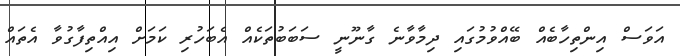
އަވަސް އިންތިހާބެއް ބޭއްވުމުގައި ދިމާވާނެ ގާނޫނީ ސަބަބުތަކެއް އެބަހުރި ކަމަށް އިއްތިފާގުވާ އެތައް